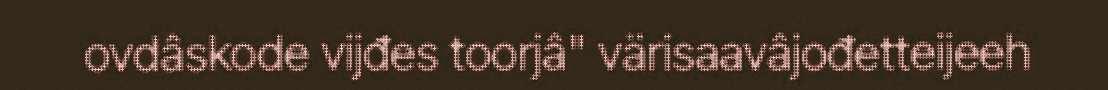
ovdâskode vijđes toorjâ" värisaavâjođetteijeeh